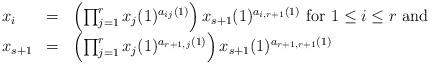
LaTeX: \begin{align*}\begin{array}{lll}x_i&=&\left(\prod_{j=1}^rx_j(1)^{a_{ij}(1)}\right)x_{s+1}(1)^{a_{i,r+1}(1)}\mbox{ for }1\le i\le r\mbox{ and }\\x_{s+1}&=&\left(\prod_{j=1}^rx_j(1)^{a_{r+1,j}(1)}\right)x_{s+1}(1)^{a_{r+1,r+1}(1)}\end{array}\end{align*}